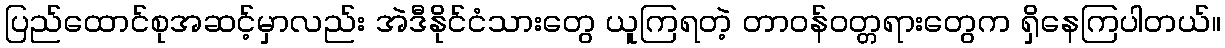
ပြည်ထောင်စုအဆင့်မှာလည်း အဲဒီနိုင်ငံသားတွေ ယူကြရတဲ့ တာဝန်ဝတ္တရားတွေက ရှိနေကြပါတယ်။